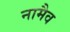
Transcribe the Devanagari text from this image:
नामैव